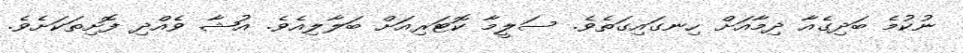
ނުކުމެ ބަދިގެއާ ދިމާއަށް ހިނގައިގަތެވެ. ސަލީމާ ކޮޓަރިއަށް ބަލާލިއެވެ. އުޝާ ވެއްދި ފޮށިތަކަށެވެ.